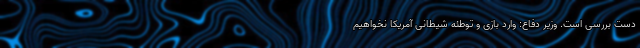
دست بررسی است. وزیر دفاع: وارد بازی و توطئه شیطانی آمریکا نخواهیم